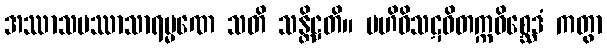
အဿာသပဿာသာရမ္မဏေ သတိ သန္တိဋ္ဌတိ။ ဗဟိဝိသဋဝိတက္ကဝိစ္ဆေဒံ ကတွာ